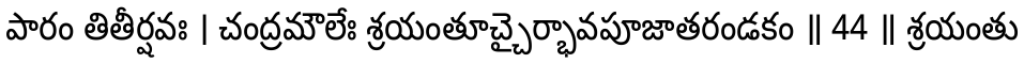
పారం తితీర్షవః । చంద్రమౌలేః శ్రయంతూచ్చైర్భావపూజాతరండకం ॥ 44 ॥ శ్రయంతు